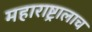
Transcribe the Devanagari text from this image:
महाराष्ट्रालाच